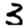
Digit: 3